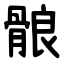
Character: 䯖